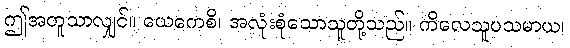
ဤအတူသာလျှင်။ ယေကေစိ၊ အလုံးစုံသောသူတို့သည်။ ကိလေသူပသမာယ၊